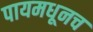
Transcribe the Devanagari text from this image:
पायमधूनच